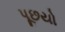
પૂછયો